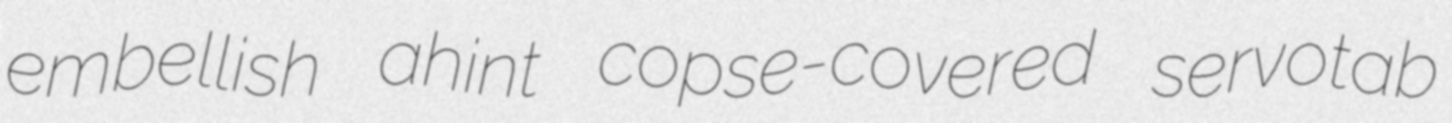
embellish ahint copse-covered servotab